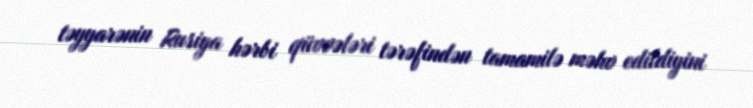
təyyarənin Rusiya hərbi qüvvələri tərəfindən tamamilə məhv edildiyini